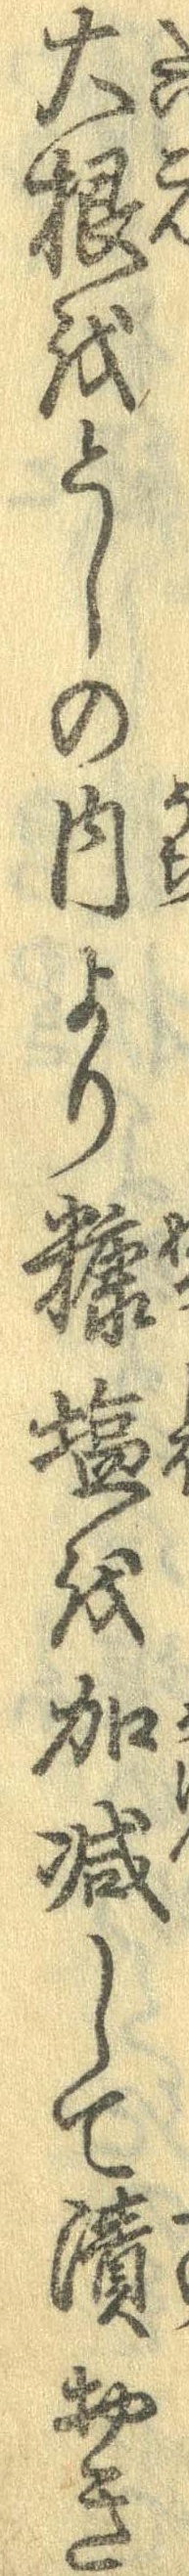
大根をとしの内より糠塩を加減して漬おき